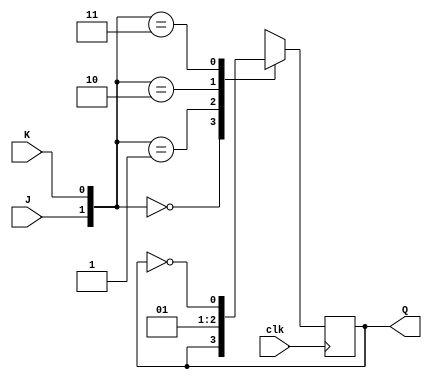
// J=0 && K=0  : hold
// J=1 && K=0  : set
// J=0 && K=1  : reset
// J=1 && K=1  : toggle
module JK_Flipflop (
    input clk,
    input J,
    input K,
    output reg Q
);
    always @(posedge clk)
        case ({
            J, K
        })
            2'b00: Q <= Q;
            2'b01: Q <= 1'b0;
            2'b10: Q <= 1'b1;
            2'b11: Q <= ~Q;
        endcase
endmodule



module JK_Flipflop_tb;
    reg J, K, clk;
    wire Q;
    JK_Flipflop JK_Flipflop_0 (
        .clk(clk),
        .J  (J),
        .K  (K),
        .Q  (Q)
    );

    initial begin
        #10 begin // set
            clk = 0;
            J   = 1;
            K   = 0;
            #20 clk = 1;
        end
        #10 begin
            clk = 0;
            J   = 0;
            K   = 0;
            #20 clk = 1;
        end

        #10 begin // reset
            clk = 0;
            J   = 0;
            K   = 1;
            #20 clk = 1;
        end
        #10 begin
            clk = 0;
            J   = 0;
            K   = 0;
            #20 clk = 1;
        end

        #10 begin // toggle
            clk = 0;
            J   = 1;
            K   = 1;
            #20 clk = 1;
        end
        #10 begin
            clk = 0;
            J   = 0;
            K   = 0;
            #20 clk = 1;
        end

        #10 begin // toggle
            clk = 0;
            J   = 1;
            K   = 1;
            #20 clk = 1;
        end
        #10 begin
            clk = 0;
            J   = 0;
            K   = 0;
            #20 clk = 1;
        end

        #10 begin
        end
    end

    initial begin
        $dumpfile("wave.vcd");
        $dumpvars;
    end
endmodule